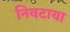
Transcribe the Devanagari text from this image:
निवटाया